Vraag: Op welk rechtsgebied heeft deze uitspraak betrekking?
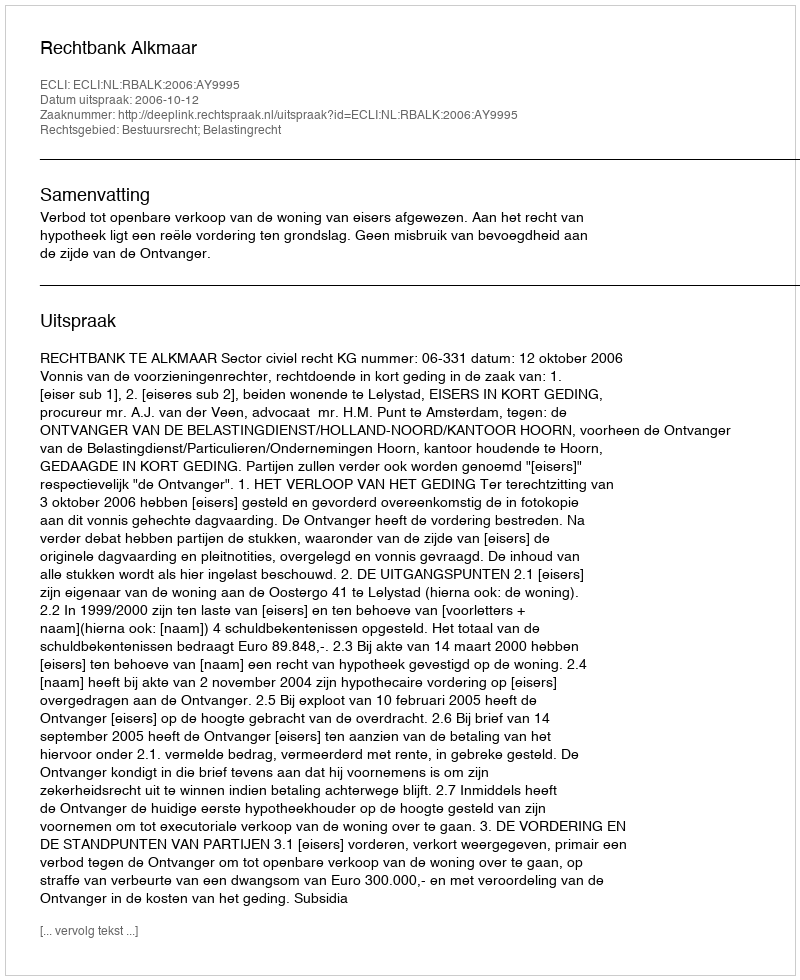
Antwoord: Bestuursrecht; Belastingrecht